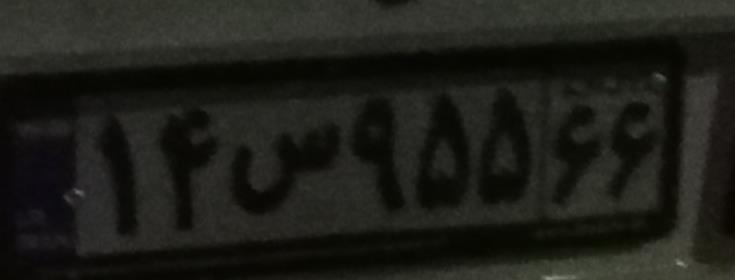
۱۴س۹۵۵۶۶